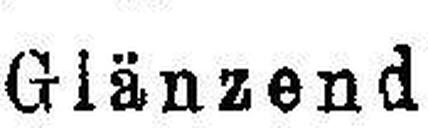
Glänzend